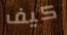
كيف